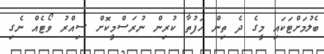
ބެލުމަށްޓަކައި މީގެ ދެ ތިން ހަފުތާ ކުރިން ނުރަސްމީކޮށް ސިއްރު ވޯޓެއް ނެގި